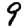
Digit: 9